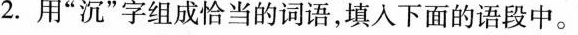
2.用”沉”字组成恰当的词语，填入下面的语段中。